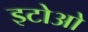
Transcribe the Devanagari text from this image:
इटोओ